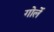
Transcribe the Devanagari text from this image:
गोर्ले